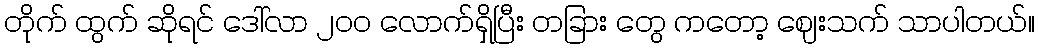
တိုက် ထွက် ဆိုရင် ဒေါ်လာ ၂၀၀ လောက်ရှိပြီး တခြား တွေ ကတော့ ဈေးသက် သာပါတယ်။